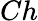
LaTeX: Ch